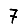
Digit: 7